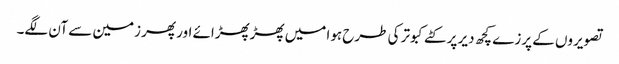
تصویروں کے پرزے کچھ دیر پر کٹے کبوتر کی طرح ہوا میں پھڑپھڑائے اور پھر زمین سے آن لگے۔